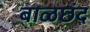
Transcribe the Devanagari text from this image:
बाळछंद